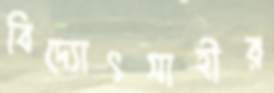
বিদ্যোৎসাহীর